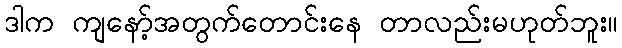
ဒါက ကျနော့်အတွက်တောင်းနေ တာလည်းမဟုတ်ဘူး။